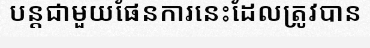
បន្តជាមួយផែនការនេះដែលត្រូវបាន